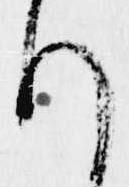
れ